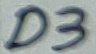
Text: D3